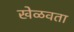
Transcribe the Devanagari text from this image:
खेळवता